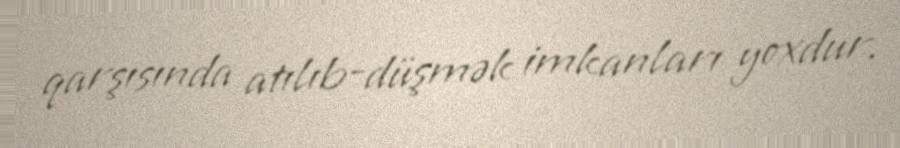
qarşısında atılıb-düşmək imkanları yoxdur.